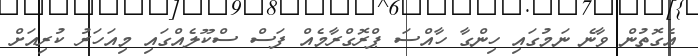
އެގޮތުން ވާނެ ނަމުގައި ހިންގާ ހާއްސަ ޕްރޮގްރާމެއް ފަސް ސްކޫލެއްގައި މިއަހަރު ކުރިއަށް